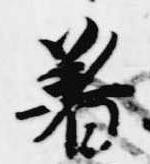
着